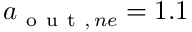
a _ { \mathrm { ~ o ~ u ~ t ~ } , \, n e } = 1 . 1